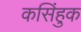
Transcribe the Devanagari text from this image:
कसिंहुक